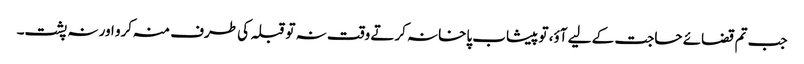
جب تم قضائے حاجت کے لیے آؤ، تو پیشاب پاخانہ کرتے وقت نہ تو قبلہ کی طرف منہ کرو اور نہ پشت۔